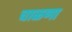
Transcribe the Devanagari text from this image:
चाळणा